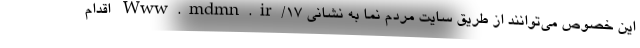
این خصوص می‌توانند از طریق سایت مردم نما به نشانی Www.mdmn.ir/۱۷ اقدام